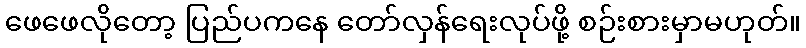
ဖေဖေလိုတော့ ပြည်ပကနေ တော်လှန်ရေးလုပ်ဖို့ စဉ်းစားမှာမဟုတ်။